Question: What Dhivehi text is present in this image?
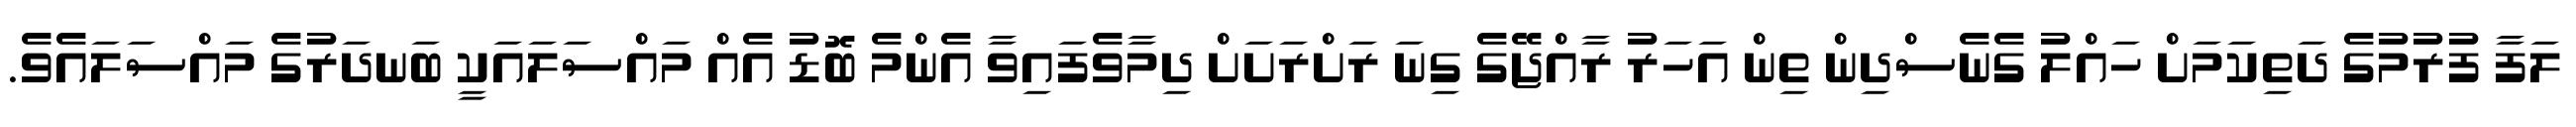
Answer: ލަފާ ފުރުމުގެ ދަތިކަމަށް ހައްލު ގެނެސްދިން ތިން އަހަރު ރާއްޖޭގެ ގިނަ ރަށްރަށަށް ދިމާވެފައިވާ އެންމެ ބޮޑު އެއް މައްސަލައަކީ ބަނދަރުގެ މައްސަލައެވެ.